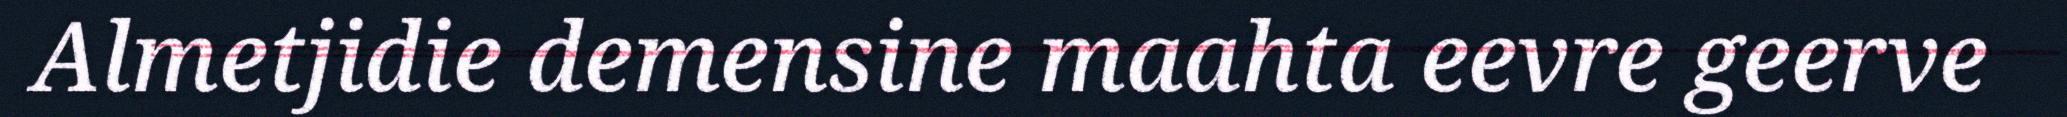
Almetjidie demensine maahta eevre geerve